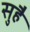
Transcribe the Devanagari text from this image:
सुहै